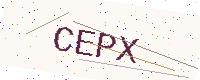
Text: CEPX